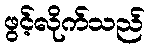
ဖွင့်လိုက်သည်